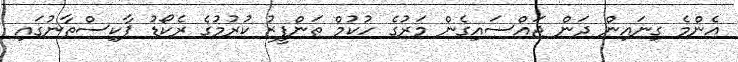
އެންމެ ގިނައިން ދަން ޖައްސައިގެން މަރުގެ ހުކުމް ތަންފީޒު ކުރުމުގެ ރެކޯޑު ޕާކިސްތާނުގައި